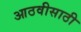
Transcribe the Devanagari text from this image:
आठवीसाठी